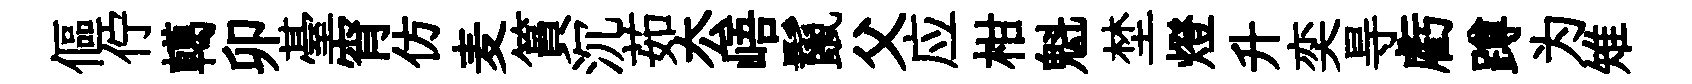
傴佇轕卯䑓宵仿麦篔沉茹厺峿鬣父应柑魁埜燈升奕㝵虧蹲为雉